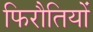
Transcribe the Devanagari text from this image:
फिरौतियों